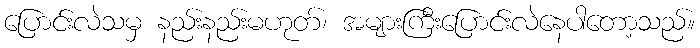
ပြောင်းလဲသမှ နည်းနည်းမဟုတ်၊ အများကြီးပြောင်းလဲနေပါတော့သည်။